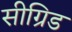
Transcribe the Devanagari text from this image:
सीग्रिड